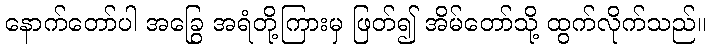
နောက်တော်ပါ အခြွေ အရံတို့ကြားမှ ဖြတ်၍ အိမ်တော်သို့ ထွက်လိုက်သည်။